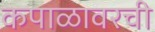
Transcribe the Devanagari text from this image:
कपाळावरची